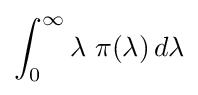
\int _{0}^{\infty }\lambda \,\,\pi (\lambda )\,d\lambda